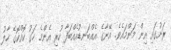
ރަށުގައި އިން މަންމައެވެ. އޭނާގެ އެއްބަނޑުއެއްބަފާ ހުރި އެންމެ ހަގު ކޮއްކޮގެ ހާލު